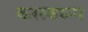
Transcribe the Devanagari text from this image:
करस्वरूप